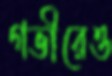
গভীরেও